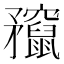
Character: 𥎣